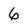
Character: 6